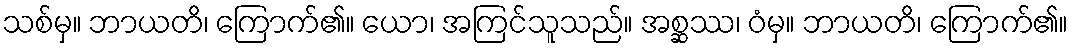
သစ်မှ။ ဘာယတိ၊ ကြောက်၏။ ယော၊ အကြင်သူသည်။ အစ္ဆဿ၊ ဝံမှ။ ဘာယတိ၊ ကြောက်၏။